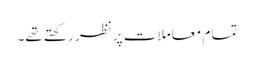
تمام معاملات پر نظر رکھتے تھے۔